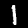
Digit: 1